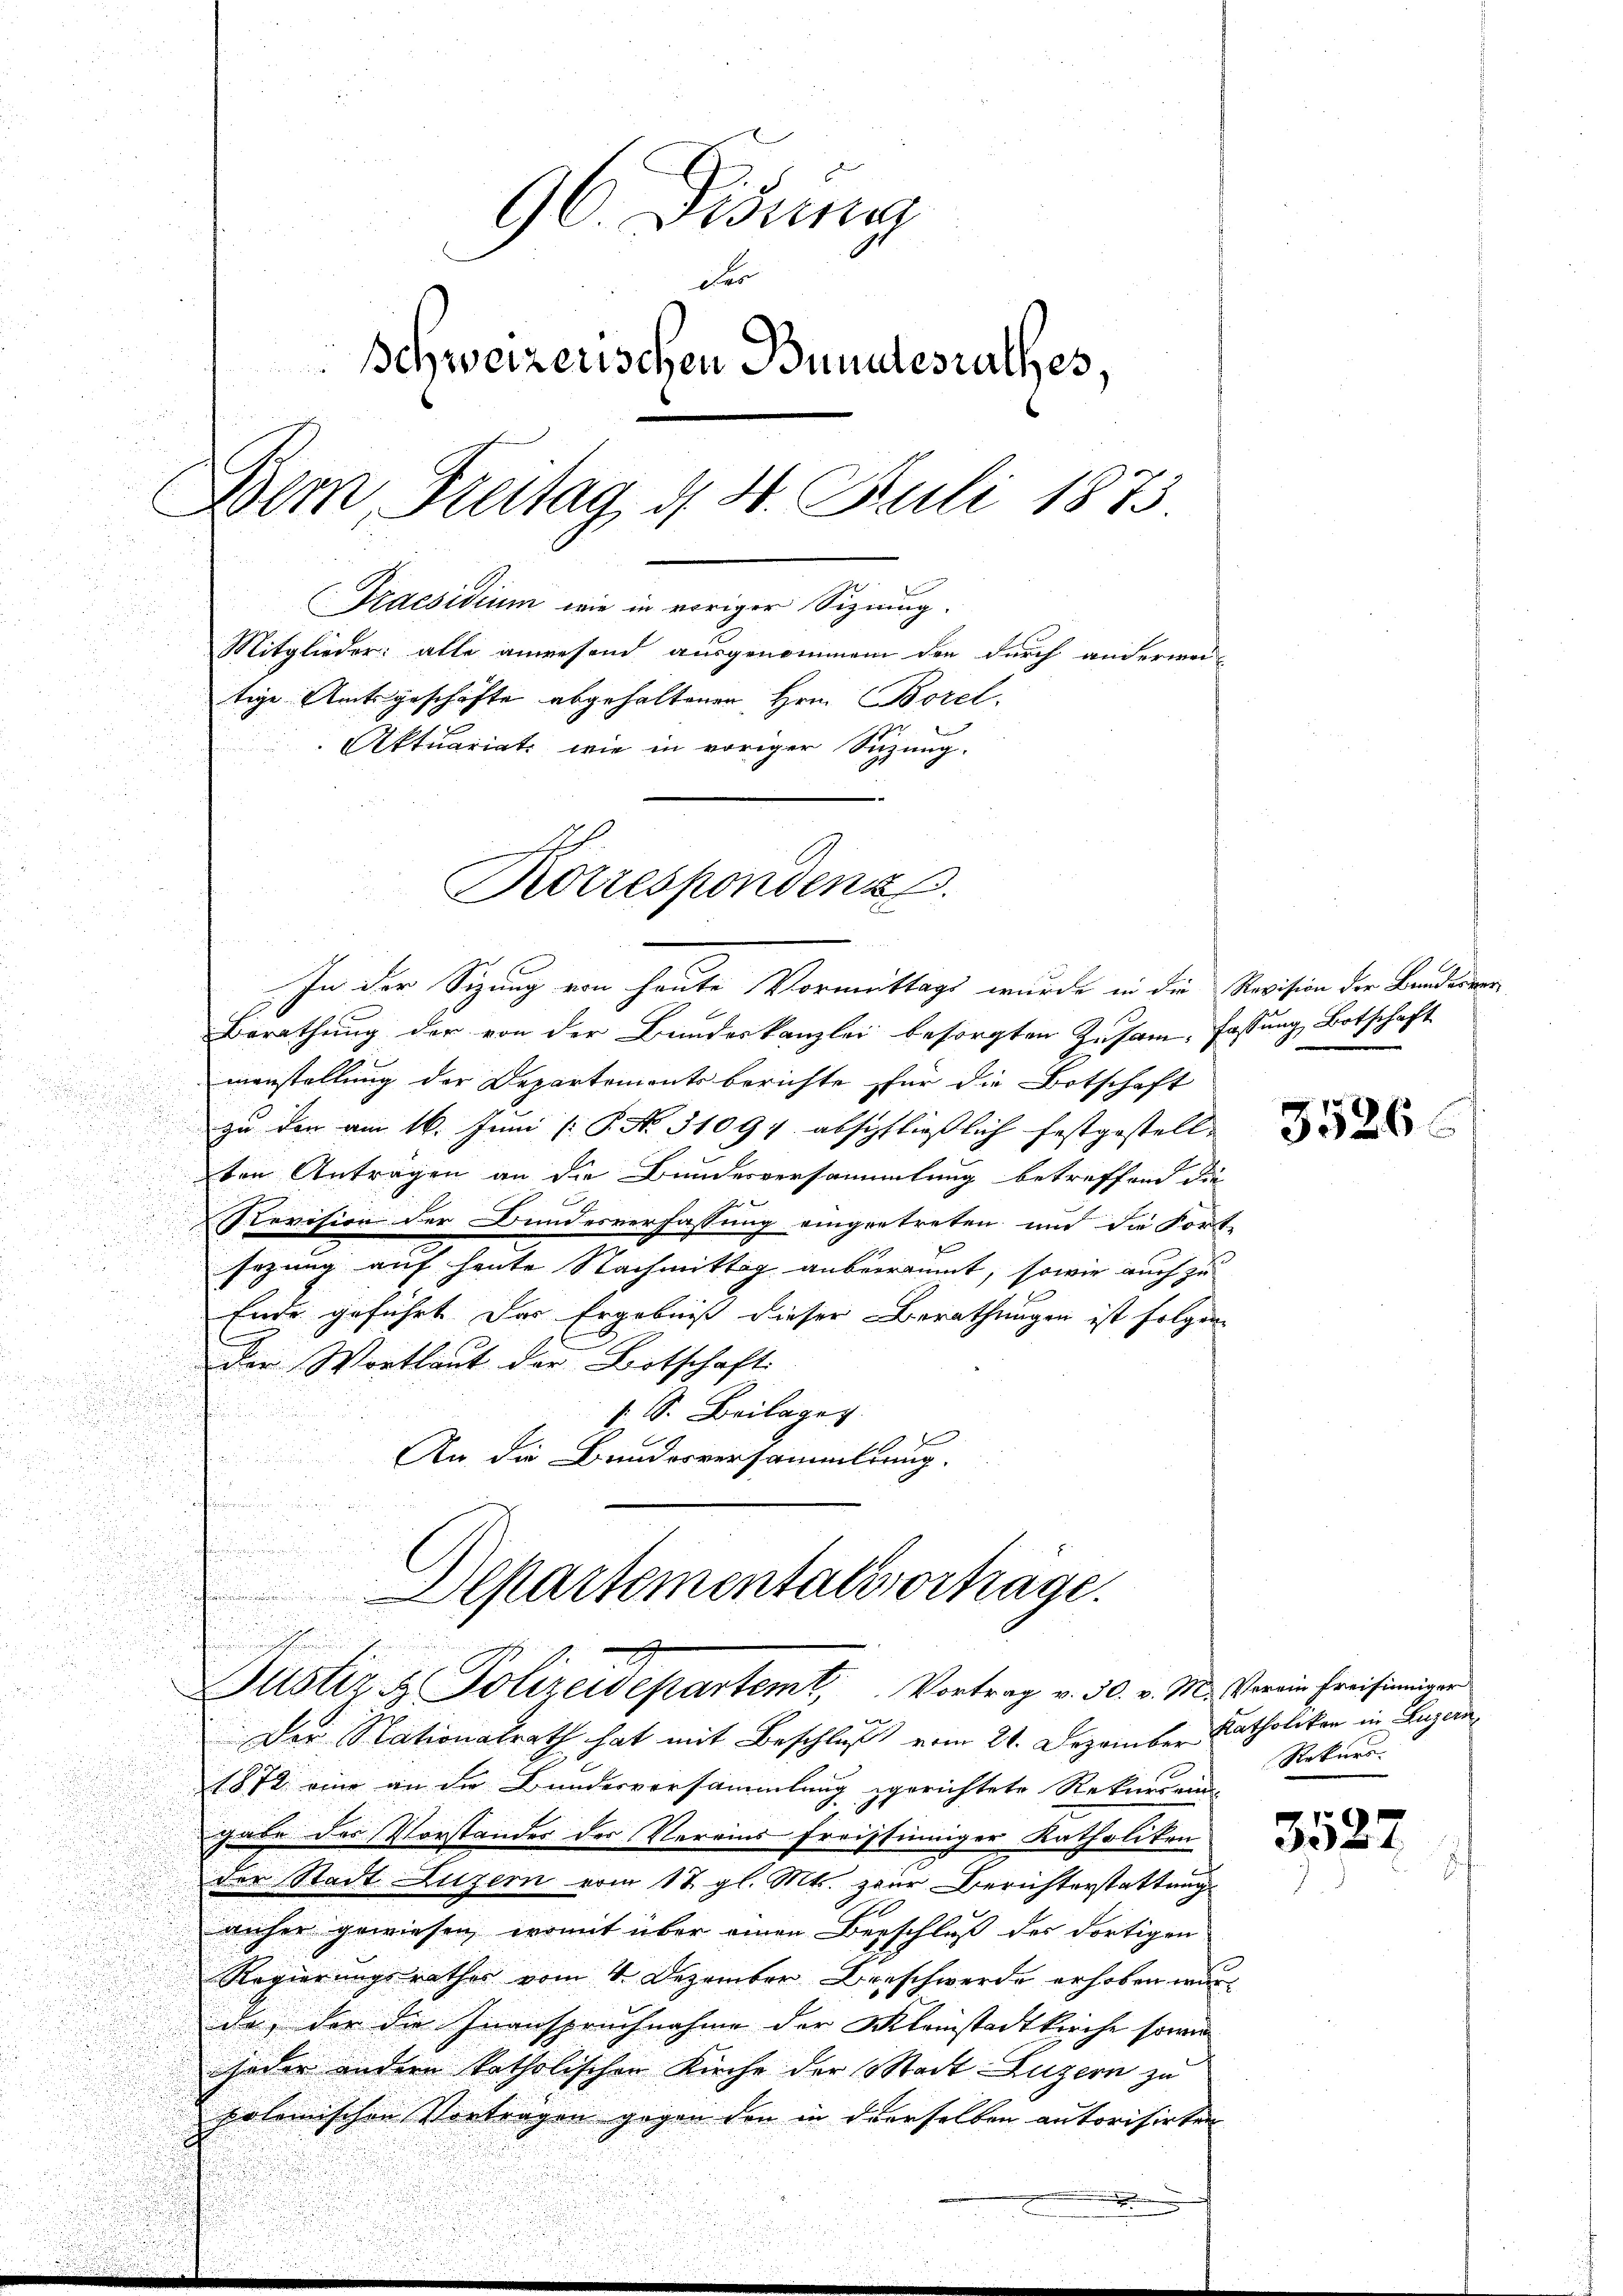
2

96. Disena
Fr
Schweizerischen Bundesrathes,
Dem Breitag d. 4. Juli 1873
(Praesidium wie in voriger Signung.
Mitglieder: alle anwesend ausgenommen den durch anderwei-
tige Amtsgeschäfte abgehaltenen Hrn. Borel
Aktuariat wie in voriger Suzung.

Korrespondenz

In der Sizung von heute Vormittags wurde in die Revision der Bunderner
Berathung der von der Bundeskanzlei besorgten Zusam- Fassung Botschaft
manstellung der Departements berichte für die Botschaft
s
u
zu den am 16. Juni [ P. No. 31097 abschfließlich festgestell-
.
.

u
ten Antragen an die Bundesversammlung betreffend die

Revision der Bundesverfassung eingetreten und die Fort-
i
.
u
sezung auf heute Nachmittag anbeträumt, sowie auch zu

Ende geführt. Das Ergebniß dieser Berathungen ist folgen
C
der Wortlaut der Botschaft
1 S. Beilager
.
An die Bundesversammlung.

Departementalvortrage.
n
Justiz & Polizeidepartemt. Vortrag v. 30. v. M. Verein Preisinnigen

Der Nationalrath hat mit Beschluß vom 21. Dezember Katholiken in Luzern,
1872 eine an die Bundesversammlung gerichtete Rekurrend
gabe der Vorstandes der Vereinsfreissinniger Katholiken
der Stadt Luzern vom 17. gl. Mts. zur Berichterstattung
anher gewiesen, womit über einen Beschluß des dortigen
Regierungsrathes vom 4. Dezember Beschwerde erhoben war,
da, der die Inanspruchnahme der Meinstadtkirche sowie
jeder andere katholischen Kirche der Stadt Luzern zu
polemischen Vortragen gegen den in derselben autorisirten
.

e

3526

Rekurs.

3527